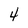
Character: 4